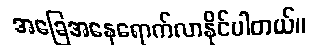
အခြေအနေရောက်လာနိုင်ပါတယ်။